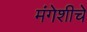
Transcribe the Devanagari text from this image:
मंगेशीचे